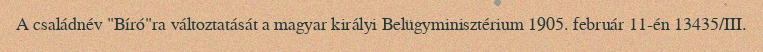
A családnév "Bíró"ra változtatását a magyar királyi Belügyminisztérium 1905. február 11-én 13435/III.